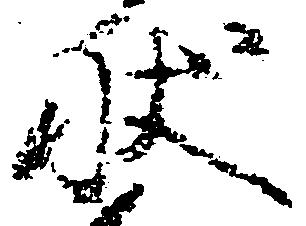
状